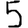
Digit: 5